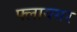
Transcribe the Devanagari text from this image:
फ्लायगर